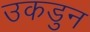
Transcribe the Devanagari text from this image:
उकडुन